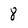
Character: 8